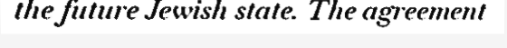
the future Jewish state. The agreement